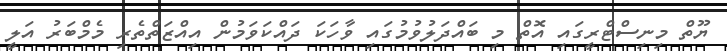
ޔޫތް މިނިސްޓްރީގައި އޮތް މި ބައްދަލުވުމުގައި ވާހަކަ ދައްކަވަމުން އިއްޒަތްތެރި މެމްބަރު އަލީ